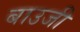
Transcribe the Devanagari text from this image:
बाउजी